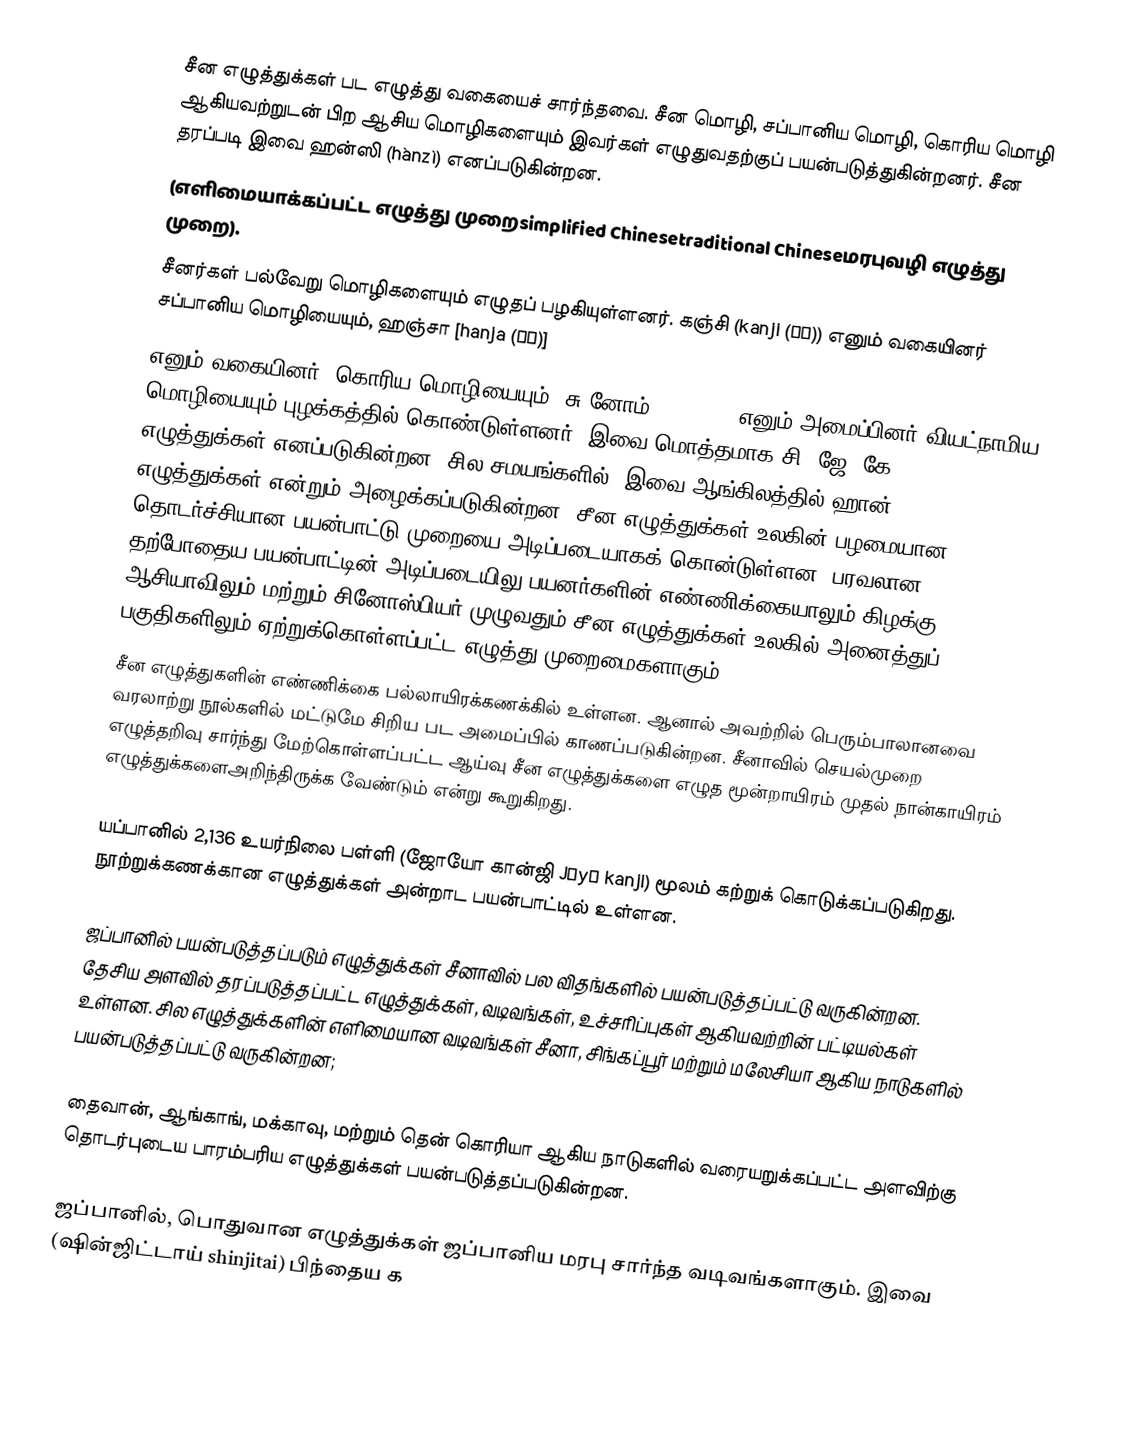
சீன எழுத்துக்கள் பட எழுத்து வகையைச் சார்ந்தவை. சீன மொழி, சப்பானிய மொழி, கொரிய மொழி ஆகியவற்றுடன் பிற ஆசிய மொழிகளையும் இவர்கள் எழுதுவதற்குப் பயன்படுத்துகின்றனர்.  சீன தரப்படி இவை ஹன்ஸி (hànzì) எனப்படுகின்றன. 
(எளிமையாக்கப்பட்ட எழுத்து முறைsimplified Chinesetraditional Chineseமரபுவழி எழுத்து முறை).
சீனர்கள் பல்வேறு மொழிகளையும் எழுதப் பழகியுள்ளனர். கஞ்சி (kanji (漢字)) எனும் வகையினர் சப்பானிய மொழியையும், ஹஞ்சா [hanja (漢字)]
எனும் வகையினர், கொரிய மொழியையும், சு னோம் [chữ Nôm] எனும் அமைப்பினர் வியட்நாமிய மொழியையும் புழக்கத்தில் கொண்டுள்ளனர். இவை மொத்தமாக சி. ஜே. கே. (CJK) எழுத்துக்கள் எனப்படுகின்றன. சில சமயங்களில், இவை ஆங்கிலத்தில் ஹான்(Han) எழுத்துக்கள் என்றும் அழைக்கப்படுகின்றன.  சீன எழுத்துக்கள் உலகின் பழமையான தொடர்ச்சியான பயன்பாட்டு முறையை அடிப்படையாகக் கொன்டுள்ளன. பரவலான தற்போதைய பயன்பாட்டின் அடிப்படையிலு பயனர்களின் எண்ணிக்கையாலும் கிழக்கு ஆசியாவிலும் மற்றும் சினோஸ்பியர் முழுவதும் சீன எழுத்துக்கள் உலகில் அனைத்துப் பகுதிகளிலும் ஏற்றுக்கொள்ளப்பட்ட எழுத்து முறைமைகளாகும்.
சீன எழுத்துகளின் எண்ணிக்கை பல்லாயிரக்கணக்கில் உள்ளன. ஆனால் அவற்றில் பெரும்பாலானவை வரலாற்று நூல்களில் மட்டுமே சிறிய பட அமைப்பில் காணப்படுகின்றன.  சீனாவில் செயல்முறை எழுத்தறிவு சார்ந்து மேற்கொள்ளப்பட்ட ஆய்வு சீன எழுத்துக்களை எழுத மூன்றாயிரம் முதல் நான்காயிரம் எழுத்துக்களைஅறிந்திருக்க வேண்டும் என்று கூறுகிறது.

யப்பானில் 2,136 உயர்நிலை பள்ளி (ஜோயோ கான்ஜி Jōyō kanji) மூலம் கற்றுக் கொடுக்கப்படுகிறது. நூற்றுக்கணக்கான எழுத்துக்கள் அன்றாட பயன்பாட்டில் உள்ளன.

ஜப்பானில் பயன்படுத்தப்படும் எழுத்துக்கள் சீனாவில் பல விதங்களில் பயன்படுத்தப்பட்டு வருகின்றன.  தேசிய அளவில் தரப்படுத்தப்பட்ட எழுத்துக்கள், வடிவங்கள், உச்சரிப்புகள் ஆகியவற்றின் பட்டியல்கள் உள்ளன. சில எழுத்துக்களின் எளிமையான வடிவங்கள் சீனா, சிங்கப்பூர் மற்றும் மலேசியா ஆகிய நாடுகளில் பயன்படுத்தப்பட்டு வருகின்றன;

தைவான், ஆங்காங், மக்காவு, மற்றும் தென் கொரியா ஆகிய நாடுகளில் வரையறுக்கப்பட்ட அளவிற்கு தொடர்புடைய பாரம்பரிய எழுத்துக்கள் பயன்படுத்தப்படுகின்றன.

ஜப்பானில், பொதுவான எழுத்துக்கள் ஜப்பானிய மரபு சார்ந்த வடிவங்களாகும். இவை (ஷின்ஜிட்டாய் shinjitai) பிந்தைய க